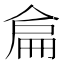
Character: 𠋅